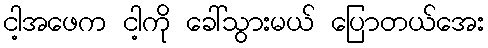
ငါ့အဖေက ငါ့ကို ခေါ်သွားမယ် ပြောတယ်အေး